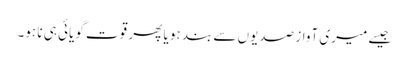
جیسے میری آواز صدیوں سے بند ہو یا پھر قوت گویائی ہی نا ہو۔